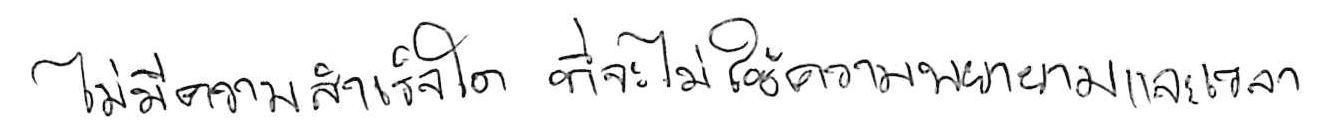
ไม่มีความสำเร็จใด ที่จะไม่ใช้ความพยายามและเวลา